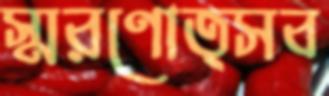
স্মরণোত্সব